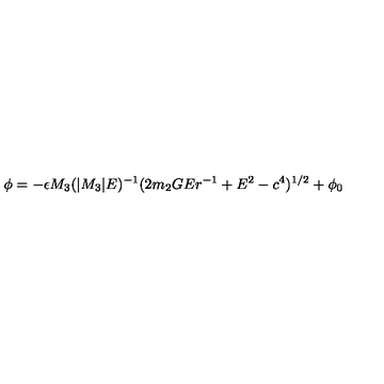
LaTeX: \phi = - \epsilon M _ { 3 } ( | M _ { 3 } | E ) ^ { - 1 } ( 2 m _ { 2 } G E r ^ { - 1 } + E ^ { 2 } - c ^ { 4 } ) ^ { 1 / 2 } + \phi _ { 0 }